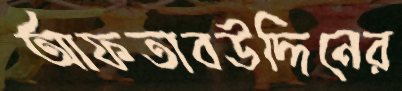
আফতাবউদ্দিনের